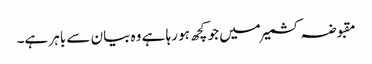
مقبوضہ کشمیر میں جو کچھ ہو رہا ہے وہ بیان سے باہر ہے۔